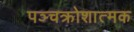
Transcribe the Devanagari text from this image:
पञ्चक्रोशात्मक